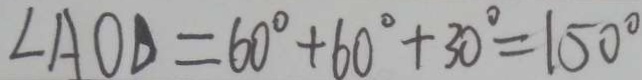
\angle A O D = 6 0 ^ { \circ } + 6 0 ^ { \circ } + 3 0 ^ { \circ } = 1 5 0 ^ { \circ }